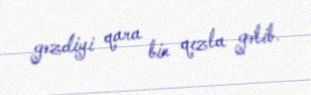
gəzdiyi qara bir qızla gəlib.